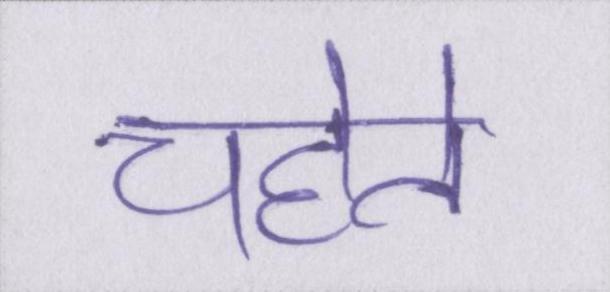
चहेते